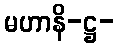
မဟာနိ-ဋ္ဌ-